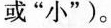
或”小”)。